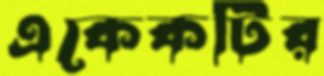
একেকটির